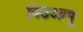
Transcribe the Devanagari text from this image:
निउआपू